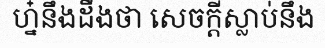
ហ្ន៎នឹងដឹងថា សេចក្តីស្លាប់នឹង